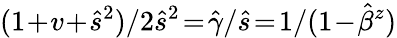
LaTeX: (1\! +\! v\! +\! \hat{s}^{2})/2\hat{s}^{2}\! =\! \hat{\gamma}/\hat{s}\! =\! 1/(1\! -\! \hat{\beta}^{z})